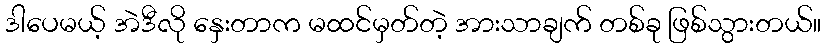
ဒါပေမယ့် အဲဒီလို နှေးတာက မထင်မှတ်တဲ့ အားသာချက် တစ်ခု ဖြစ်သွားတယ်။